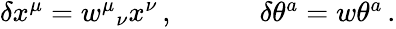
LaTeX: \begin{array}{cc}{{\delta x^{\mu}=w^{\mu}{}_{\nu}x^{\nu}\, ,~~~~}}&{{~~~~\delta\theta^{a}=w\theta^{a}\, .}}\end{array}